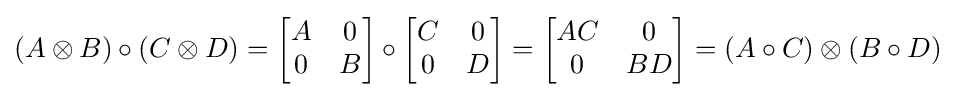
(A\otimes B)\circ (C\otimes D)={\begin{bmatrix}A&0\\0&B\end{bmatrix}}\circ {\begin{bmatrix}C&0\\0&D\end{bmatrix}}={\begin{bmatrix}AC&0\\0&BD\end{bmatrix}}=(A\circ C)\otimes (B\circ D)